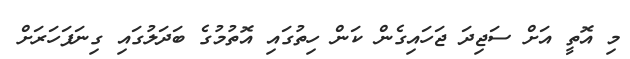
މި އޮތީ އަށް ސަޖިދަ ޖަހައިގެން ކަން ހިތުގައި އޮތުމުގެ ބަދަލުގައި ގިނަފަހަރަށް